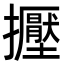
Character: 𢹥